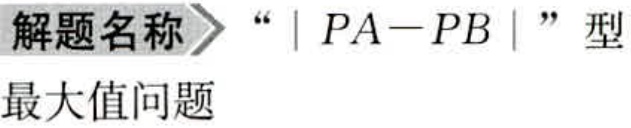
解题名称 $\rightharpoonup$ “$\vert PA - PB\vert$” 型

最大值问题